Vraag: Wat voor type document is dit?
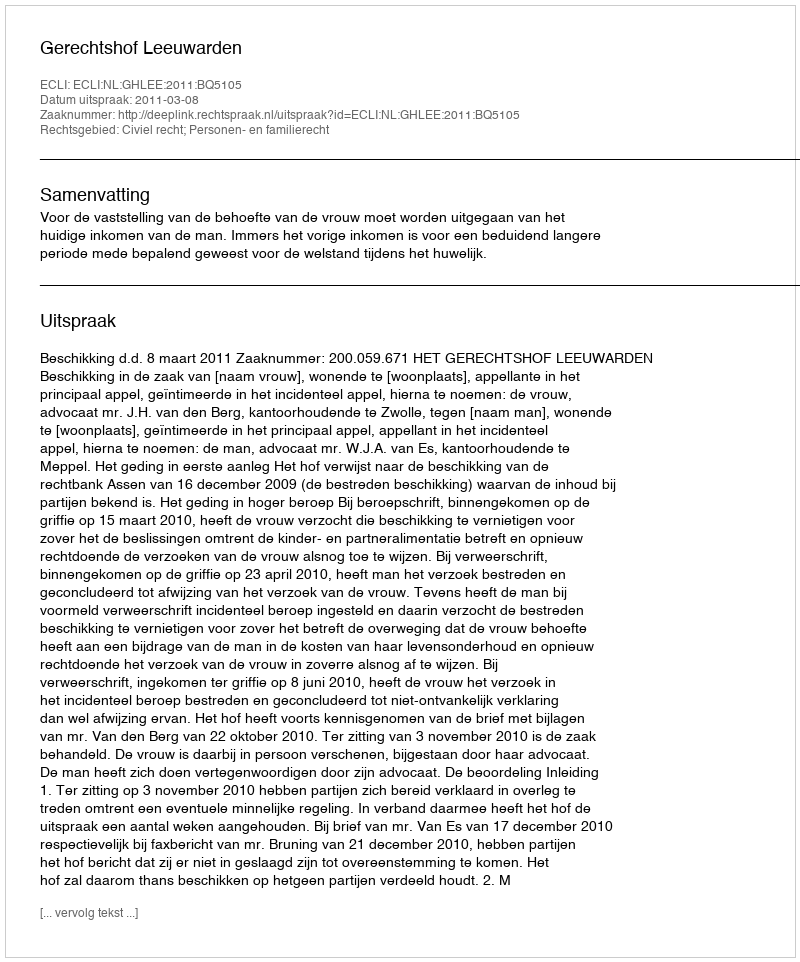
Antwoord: Uitspraak